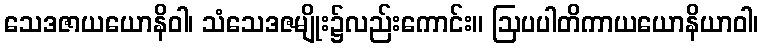
သေဒဇာယယောနိဝါ၊ သံသေဒဇမျိုး၌လည်းကောင်း။ ဩပပါတိကာယယောနိယာဝါ၊